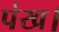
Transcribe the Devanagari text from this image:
पंख।